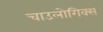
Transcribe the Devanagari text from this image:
चाउलोगिक्स